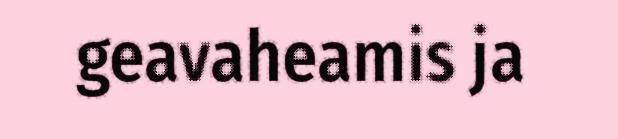
geavaheamis ja